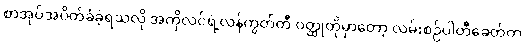
စာအုပ်အပိတ်ခံခဲ့ရသလို အကိုလင်ရဲ့လန်ကွတ်တီ ဝတ္ထုတိုမှာတော့ လမ်းစဉ်ပါတီခေတ်က